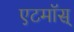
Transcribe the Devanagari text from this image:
एटमॉस्